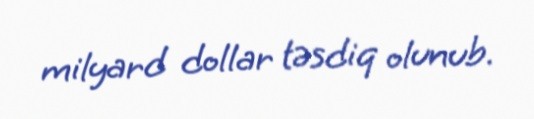
milyard dollar təsdiq olunub.